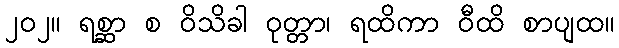
၂၀၂။ ရစ္ဆာ စ ဝိသိခါ ဝုတ္တာ၊ ရထိကာ ဝီထိ စာပျထ။